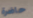
حاضرة